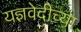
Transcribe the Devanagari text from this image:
यज्ञवेदीच्या